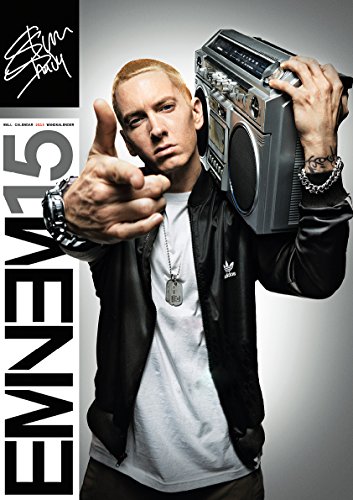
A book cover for Eminem 2015 Calendar; Eminem; Calendars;